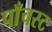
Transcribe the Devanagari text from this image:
पाँचस्ट